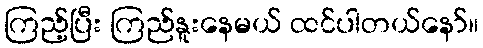
ကြည့်ပြီး ကြည်နူးနေမယ် ထင်ပါတယ်နော်။